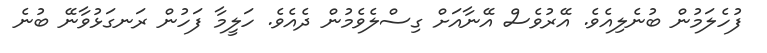
ފުހެލަމުން ބުނެލިއެެވެ. އޭރުވެސް އޭނާއަށް ގިސްލެވެމުން ދެއެވެ. ހަލީމާ ފަހުން ރަނގަޅުވާނޭ ބުނެ